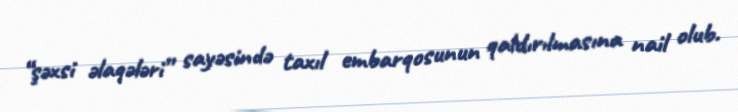
“şəxsi əlaqələri” sayəsində taxıl embarqosunun qaldırılmasına nail olub.